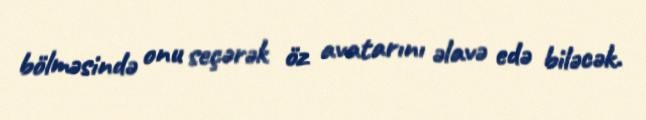
bölməsində onu seçərək öz avatarını əlavə edə biləcək.